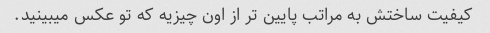
کیفیت ساختش به مراتب پایین تر از اون چیزیه که تو عکس میبینید.